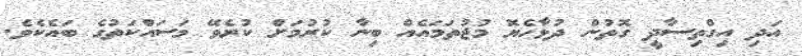
އަދި އިގްތިސާދީ ގޮތުން ދުޅާހެޔޮ މުޖުތަމައެއް ބިނާ ކުރުމަށް ކުރެވޭ މަސައްކަތުގެ ބައެކެވެ.